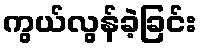
ကွယ်လွန်ခဲ့ခြင်း